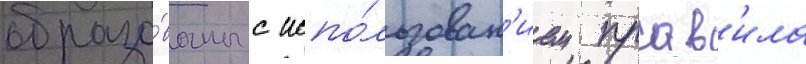
образо́ваны с испо́льзован'ием прав'ила